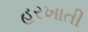
હરખાતી